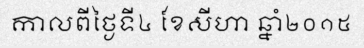
កាលពីថ្ងៃទី៤ ខែសីហា ឆ្នាំ២០១៥